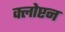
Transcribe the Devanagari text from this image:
क्लोप्टन